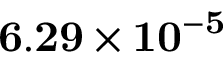
\bf { 6 . 2 9 \times 1 0 ^ { - 5 } }